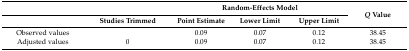
<table><thead><tr><td></td><td></td><td colspan="3"><b>Random-Effects Model</b></td><td rowspan="2"><b><i>Q</i> Value</b></td></tr><tr><td></td><td><b>Studies Trimmed</b></td><td><b>Point Estimate</b></td><td><b>Lower Limit</b></td><td><b>Upper Limit</b></td></tr></thead><tbody><tr><td>Observed values</td><td></td><td>0.09</td><td>0.07</td><td>0.12</td><td>38.45</td></tr><tr><td>Adjusted values</td><td>0</td><td>0.09</td><td>0.07</td><td>0.12</td><td>38.45</td></tr></tbody></table>